38_143685_box_Incident_Summaries_173-233
Agency: Department of War
Page 71
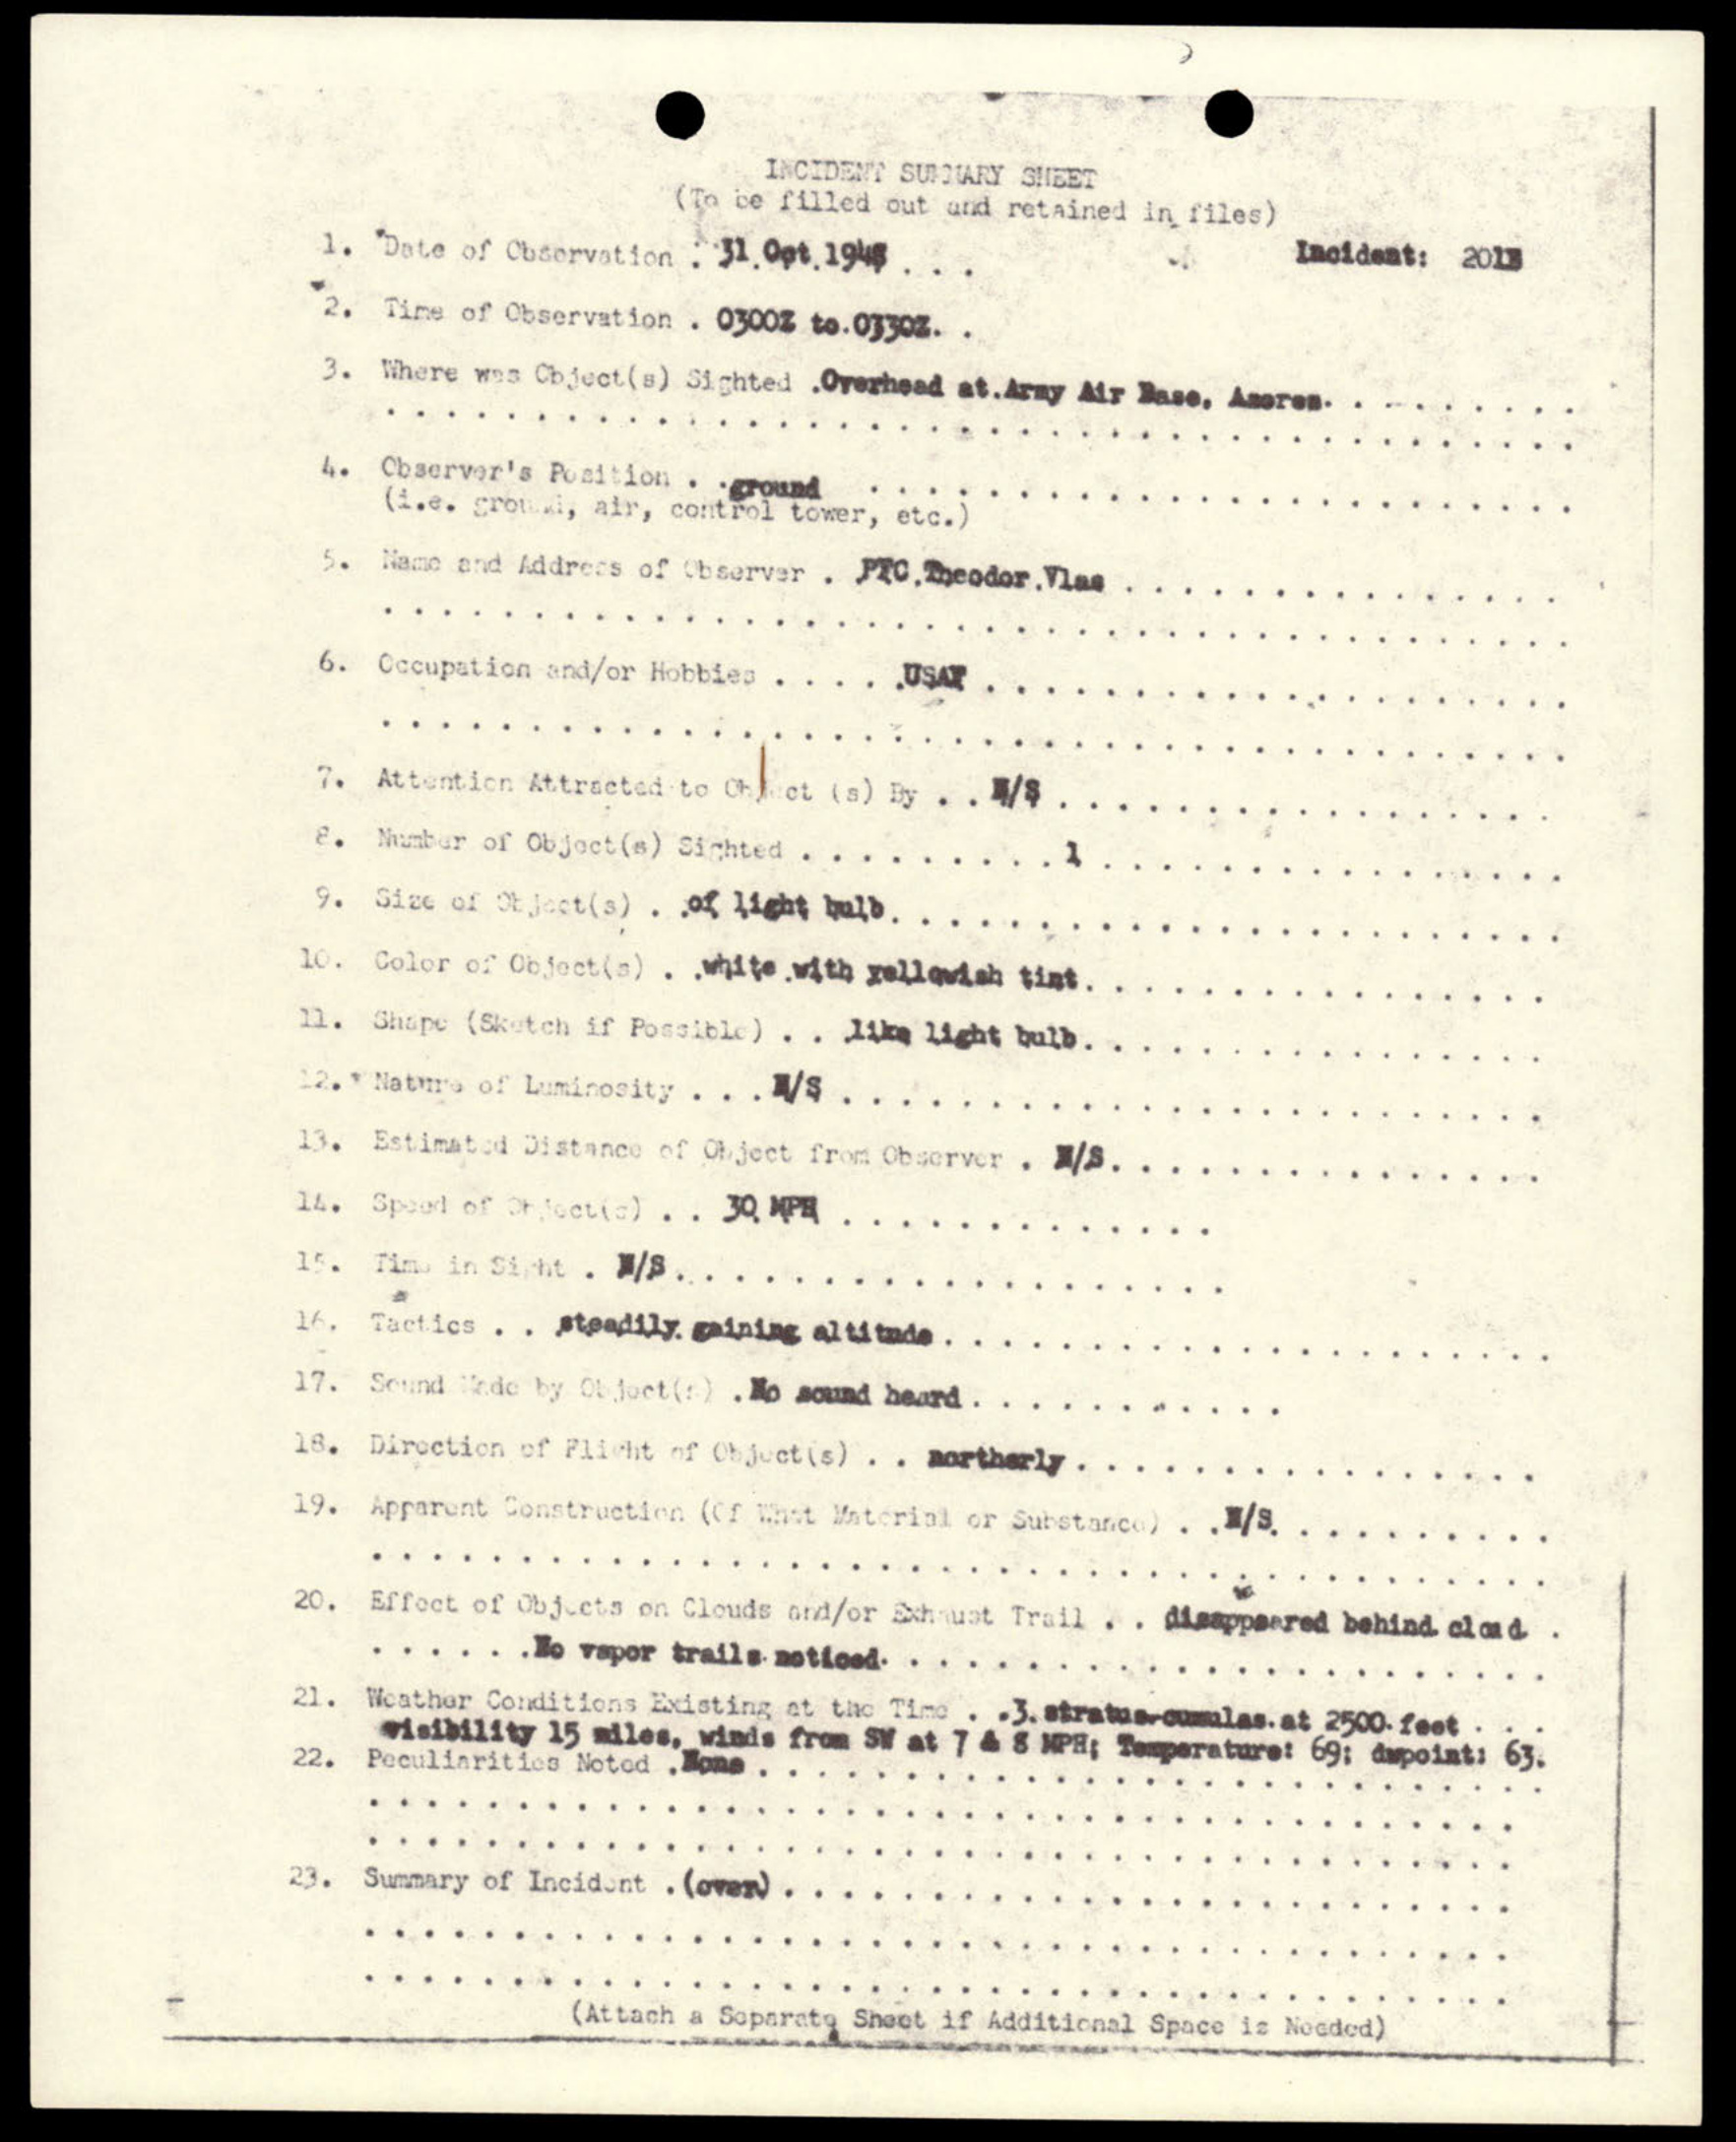